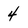
Character: 4